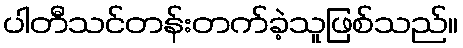
ပါတီသင်တန်းတက်ခဲ့သူဖြစ်သည်။